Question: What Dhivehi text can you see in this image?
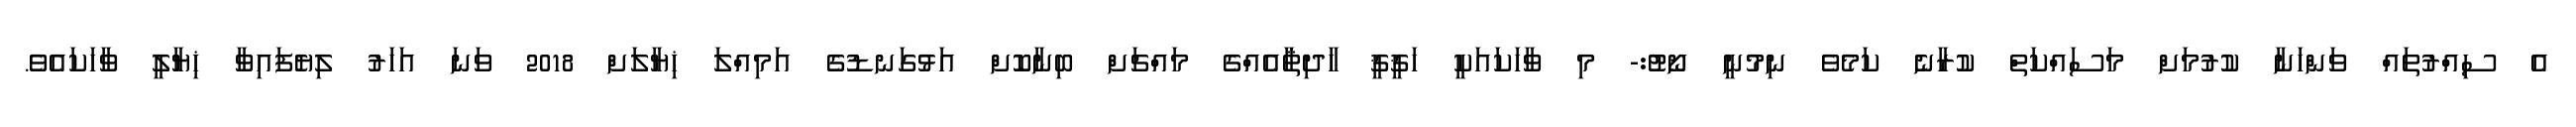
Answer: އެ ސިއްރުތައް ވަންހަނާ ކުރުމަށް މަސައްކަތް ކުރާނެ ކަމެވެ ނިމުނީ ނޯޓު:- މި ވާހަކައަކީ ހަޤީޤީ ހާދިޘާއެއްގެ މައްޗަށް ބިނާކޮށް އަޅުގަނޑުގެ އަމިއްލަ ޚިޔާލަށް 2018 ވަނަ އަހަރު ލިޔެފައިވާ ޚިޔާލީ ވާހަކައެވެ.